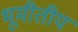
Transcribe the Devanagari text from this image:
भूमीतीय